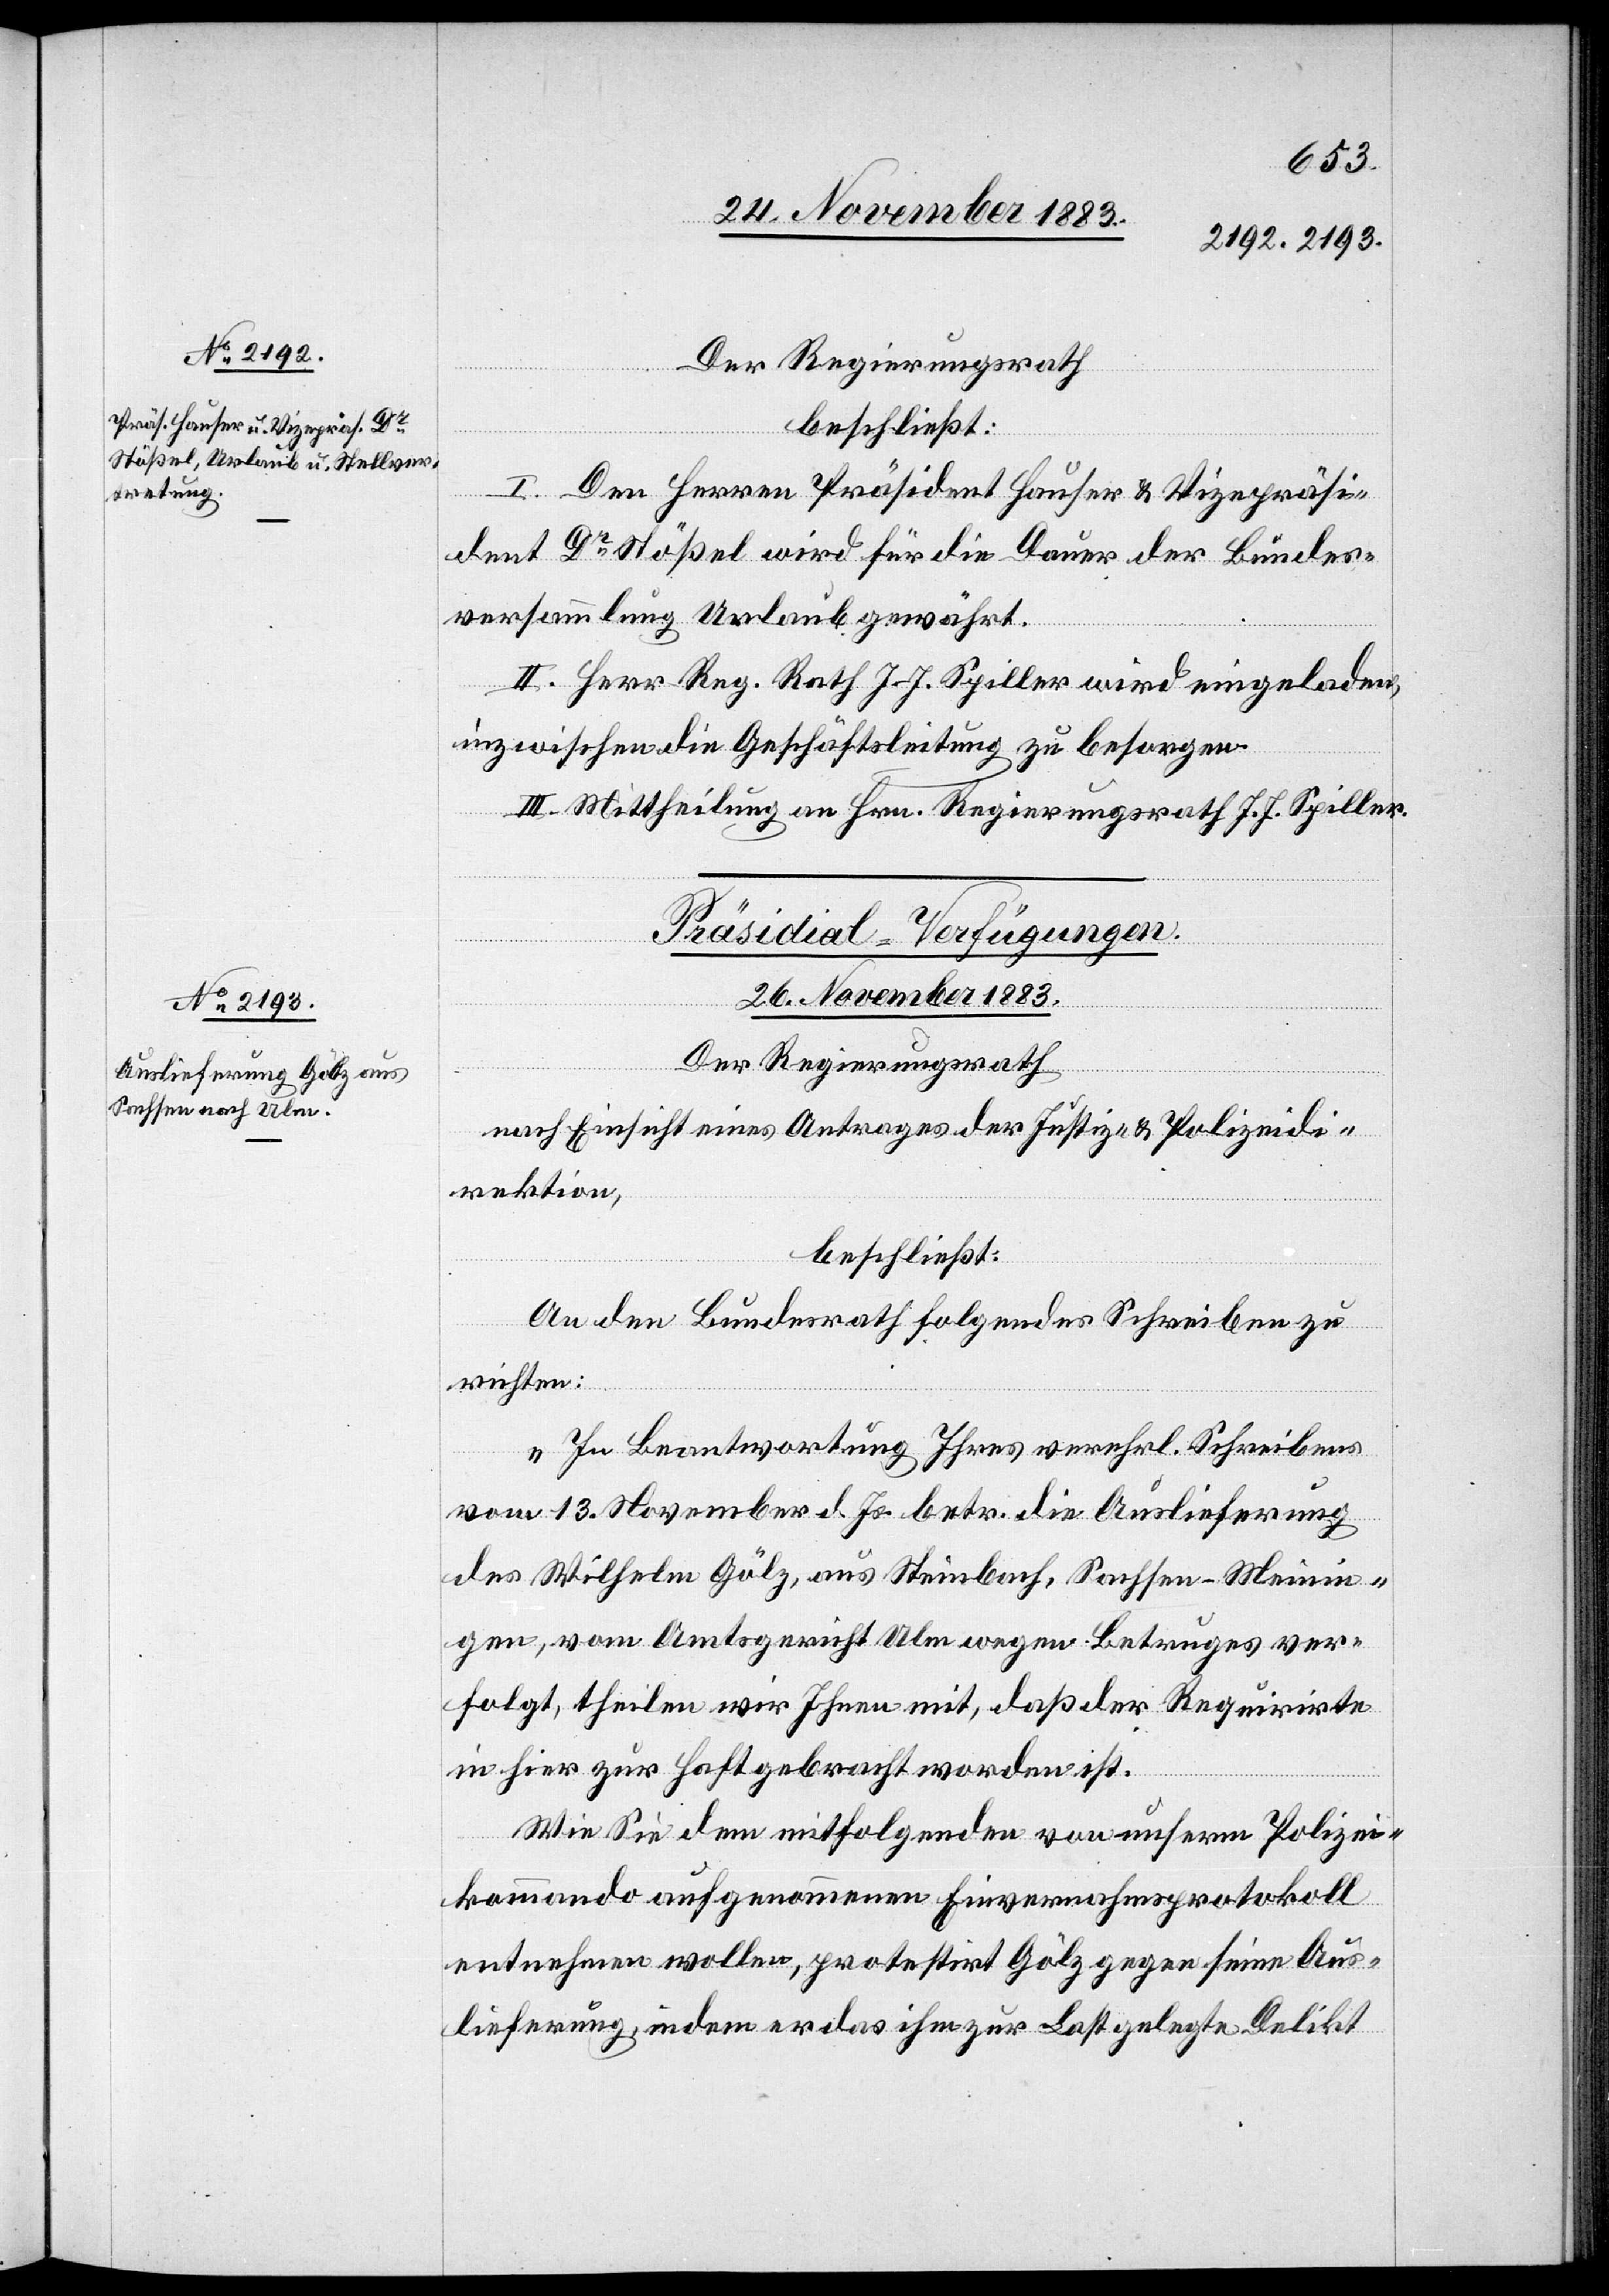
Der Regierungsrath
beschließt:
I. Den Herren Präsident Hauser & Vizepräsi¬
dent Dr Stößel wird für die Dauer der Bundes¬
versammlung Urlaub gewährt.
II. Herr Reg. Rath J. J. Spiller wird eingeladen,
inzwischen die Geschäftsleitung zu besorgen.
III. Mittheilung an Hrn. Regierungsrath J. J. Spiller.
Präsidial-Verfügungen.
26. November 1883.
Der Regierungsrath,
nach Einsicht eines Antrages der Justiz- & Polizeidi¬
rektion,
beschließt:
An den Bundesrath folgendes Schreiben zu
richten:
„In Beantwortung Ihres verehrl. Schreibens
vom 13. November d. Js. betr. die Auslieferung
des Wilhelm Gölz, aus Steinbach, Sachsen-Meinin¬
gen, vom Amtsgericht Ulm wegen Betruges ver¬
folgt, theilen wir Ihnen mit, daß der Requirirte
in hier zur Haft gebracht worden ist.
Wie sie dem mitfolgenden von unserm Polizei¬
kommando aufgenommenen Einvernahmsprotokoll
entnehmen wollen, protestirt Gölz gegen seine Aus¬
lieferung, indem er das ihm zur Last gelegte Delikt